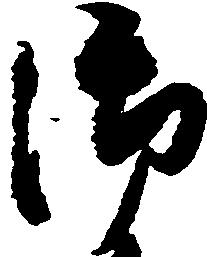
御